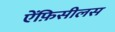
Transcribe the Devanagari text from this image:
ऐंफ़िसीलस